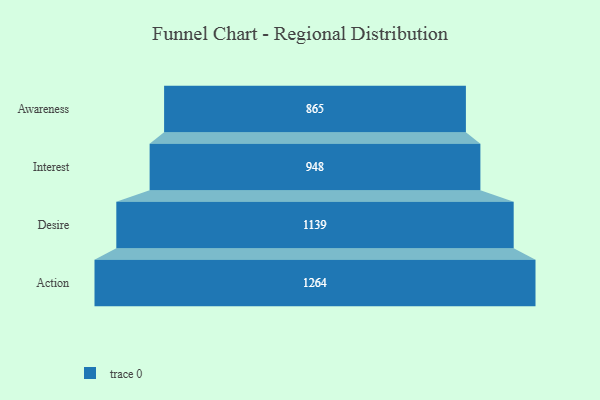
{"axis": {"x": "Stage", "y": "Value"}, "legend": [""], "data": [{"x": "Awareness", "y": 865.0, "type": ""}, {"x": "Interest", "y": 948.0, "type": ""}, {"x": "Desire", "y": 1139.0, "type": ""}, {"x": "Action", "y": 1264.0, "type": ""}]}